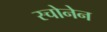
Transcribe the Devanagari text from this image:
स्चोनेन